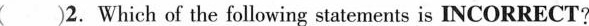
( )2.Which of the following statements is INCORRECT?